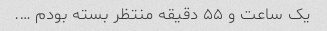
یک ساعت و ۵۵ دقیقه منتظر بسته بودم ….